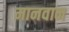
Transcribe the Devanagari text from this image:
मानवान